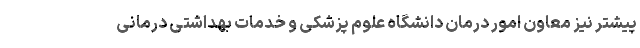
پیشتر نیز معاون امور درمان دانشگاه علوم پزشکی و خدمات بهداشتی درمانی